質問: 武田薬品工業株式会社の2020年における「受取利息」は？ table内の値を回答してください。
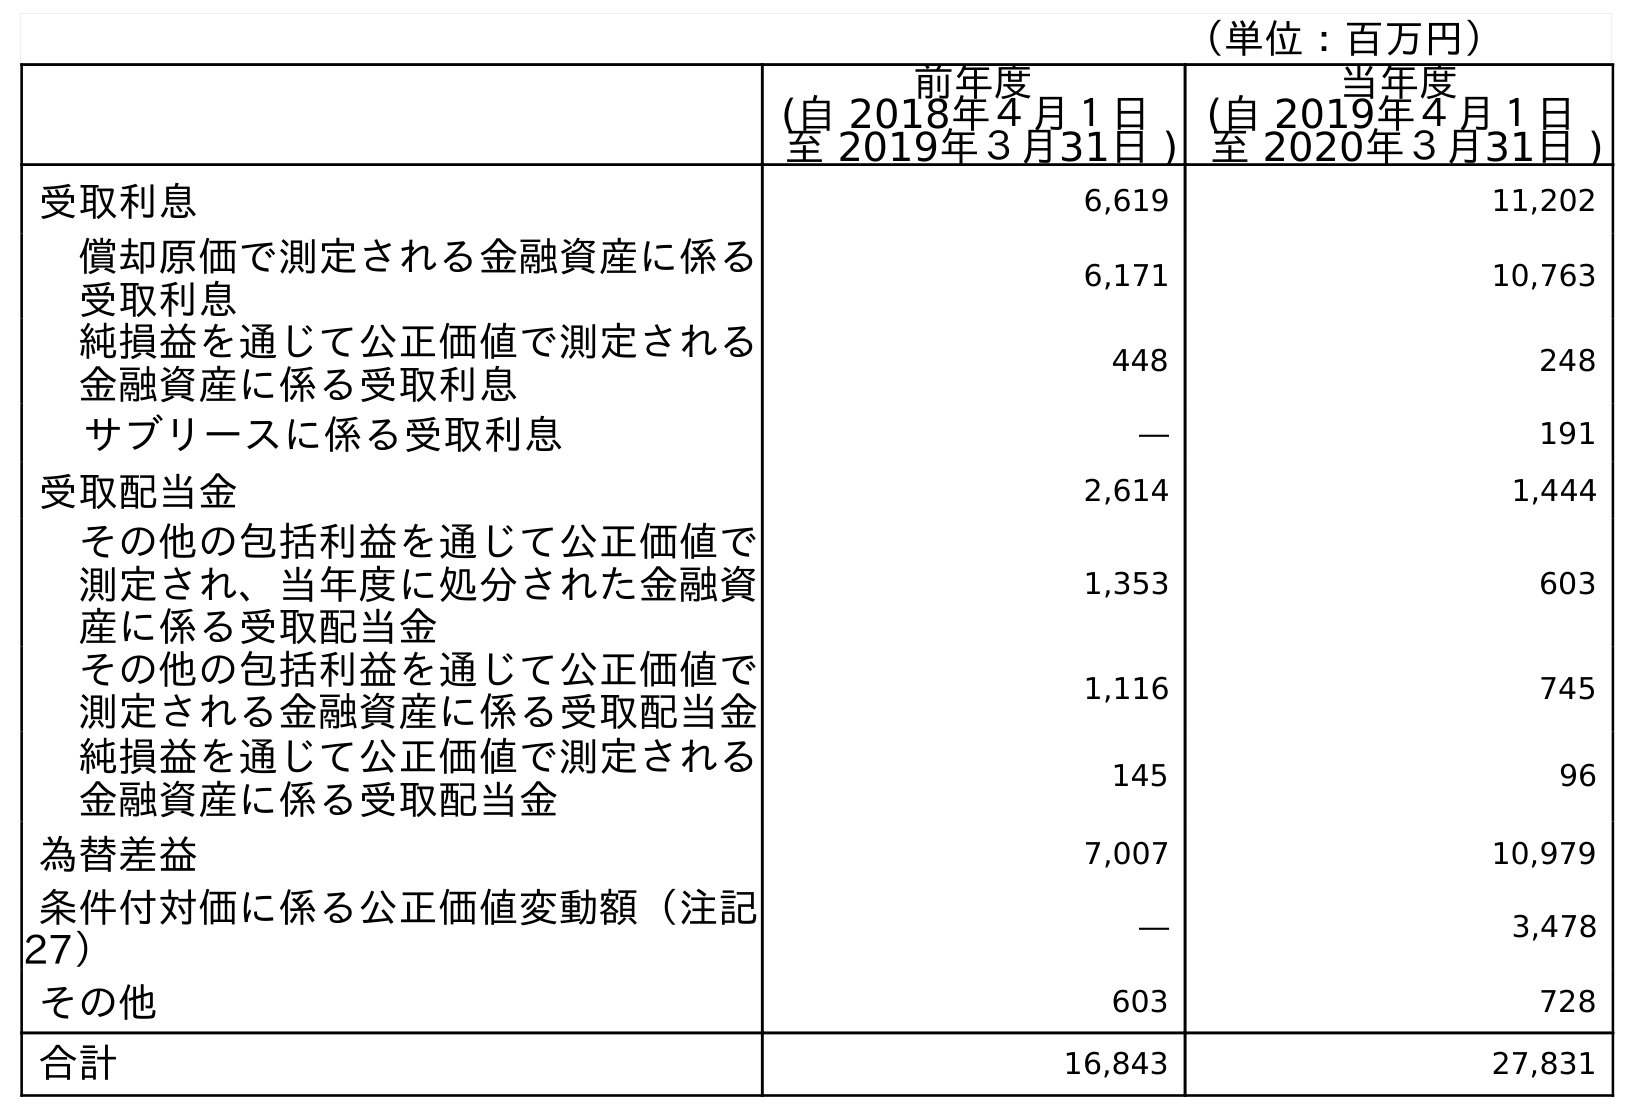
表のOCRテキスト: （単位：百万円） 前年度 (自 2018年４月１日 至 2019年３月31日 ) 当年度 (自 2019年４月１日 至 2020年３月31日 ) 受取利息 6,619 11,202 償却原価で測定される金融資産に係る 受取利息 6,171 10,763 純損益を通じて公正価値で測定される 金融資産に係る受取利息 448 248 サブリースに係る受取利息 ― 191 受取配当金 2,614 1,444 その他の包括利益を通じて公正価値で 測定され、当年度に処分された金融資 産に係る受取配当金 1,353 603 その他の包括利益を通じて公正価値で 測定される金融資産に係る受取配当金 1,116 745 純損益を通じて公正価値で測定される 金融資産に係る受取配当金 145 96 為替差益 7,007 10,979 条件付対価に係る公正価値変動額（注記 27） ― 3,478 その他 603 728 合計 16,843 27,831
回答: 11,202